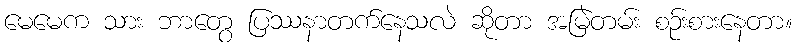
မေမေက သား ဘာတွေ ပြဿနာတက်နေသလဲ ဆိုတာ အမြဲတမ်း စဉ်းစားနေတာ။